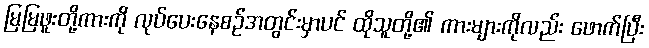
မြမြဖူးတို့ကားကို လုပ်ပေးနေစဉ်အတွင်းမှာပင် ထိုသူတို့၏ ကားများကိုလည်း ဖောက်ပြီး